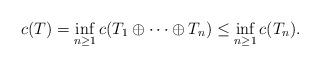
LaTeX: \begin{align*}c(T)=\inf_{n\ge 1}c(T_{1}\oplus\cdots\oplus T_{n})\le\inf_{n\ge 1}c(T_{n}).\end{align*}